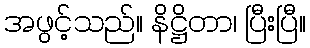
အဖွင့်သည်။ နိဋ္ဌိတာ၊ ပြီးပြီ။